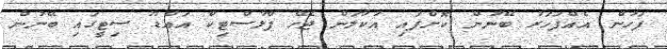
ފަހުން އެއްފަހަރު ބޭނުން ކޮށްފައި އުކާލަން ޖެހޭ ޕްލާސްޓިކް އައްޑޫ ސިޓީގައި ބޭނުން